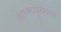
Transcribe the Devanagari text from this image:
गाभाऱ्याचा